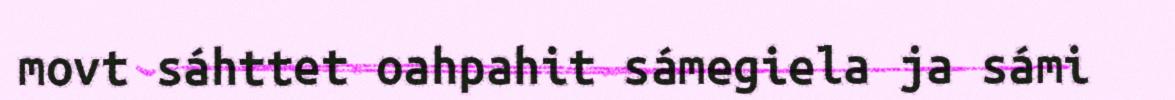
movt sáhttet oahpahit sámegiela ja sámi